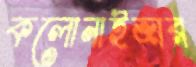
কলোনাইজার